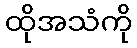
ထိုအသံကို